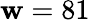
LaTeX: \mathbf{w}=81